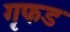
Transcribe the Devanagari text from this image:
गृफड